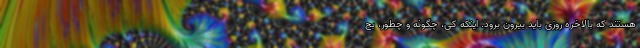
هستند که بالاخره روزی باید بیرون برود. اینکه کی، چگونه و چطور، بح